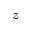
z